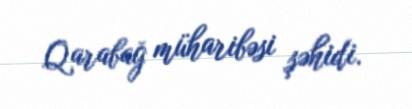
Qarabağ müharibəsi şəhidi.